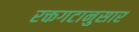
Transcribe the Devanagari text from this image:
रक्तगटानुसार